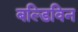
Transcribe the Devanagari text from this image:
बल्डिविन